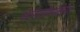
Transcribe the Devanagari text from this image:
सारातोव्स्काया